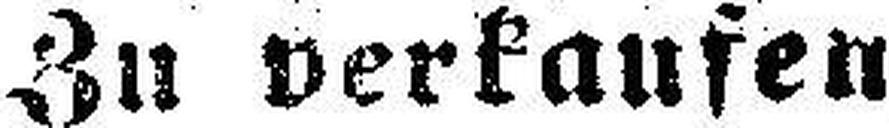
Zu verkaufen